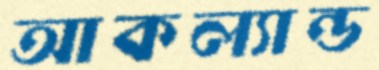
আকল্যান্ড